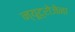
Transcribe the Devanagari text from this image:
न्यूट्रोजेना